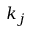
k _ { j }